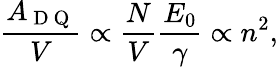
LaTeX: \frac{A_{\mathrm{~D~Q~}}}{V}\propto\frac{N}{V}\frac{E_{0}}{\gamma}\propto n^{2},